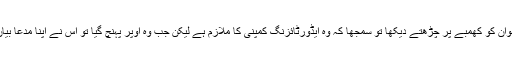
رامیش چند نامی ایک دکاندار نے بتایا ”میں نے اس نوجوان کو کھمبے پر چڑھتے دیکھا تو سمجھا کہ وہ ایڈورٹائزنگ کمپنی کا ملازم ہے لیکن جب وہ اوپر پہنچ گیا تو اس نے اپنا مدعا بیان کرتے ہوئے خود کشی کی دھمکی دینی شروع کردی۔